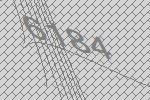
6184